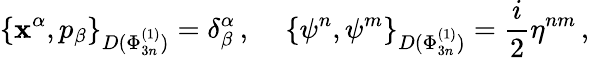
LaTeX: \left\{ \mathbf{x}^{\alpha},p_{\beta}\right\} _{D(\Phi_{3n}^{(1)})}=\delta_{\beta}^{\alpha}\, ,\, \, \, \, \, \, \, \left\{ \psi^{n},\psi^{m}\right\} _{D(\Phi_{3n}^{(1)})}=\frac{{i}}{{2}}\eta^{nm}\, ,